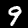
Label: 9